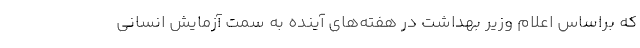
که بر‌اساس اعلام وزیر بهداشت در هفته‌های آینده به سمت آزمایش انسانی